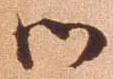
御